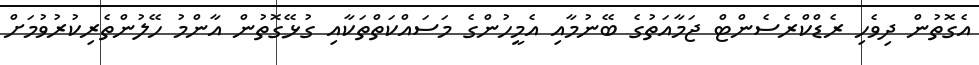
އެގޮތުން ދިވެހި ރެޑްކްރެސެންޓް ޖަމާއަތުގެ ބޭނުމާއި އެމީހުންގެ މަސައްކަތްތަކާއި ގުޅޭގޮތުން އާންމު ހޭލުންތެރިކުރުވުމަށް